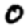
Digit: 0